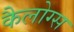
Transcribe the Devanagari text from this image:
कैलोग्स